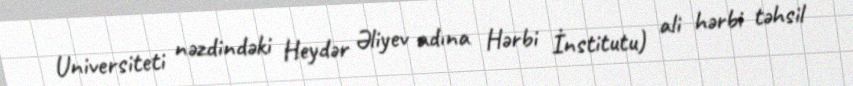
Universiteti nəzdindəki Heydər Əliyev adına Hərbi İnstitutu) ali hərbi təhsil